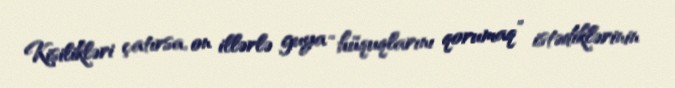
Kişilikləri çatırsa, on illərlə guya “hüquqlarını qorumaq” istədiklərinin